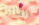
الفائزة